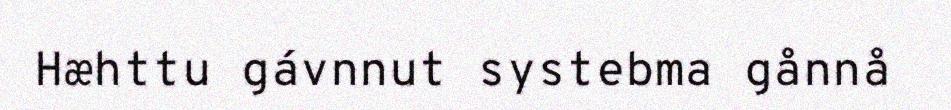
Hæhttu gávnnut systebma gånnå